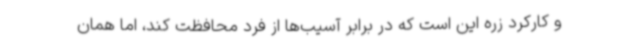
و کارکرد زره این است که در برابر آسیب‌ها از فرد محافظت کند، اما همان